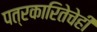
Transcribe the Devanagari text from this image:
पत्रकारितेचेही